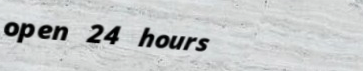
open 24 hours